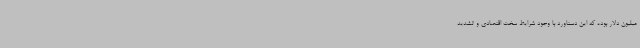
میلیون دلار بوده که این دستاورد با وجود شرایط سخت اقتصادی و تشدید